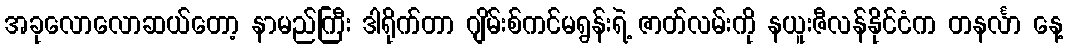
အခုလောလောဆယ်တော့ နာမည်ကြီး ဒါရိုက်တာ ဂျိမ်းစ်ကင်မရွန်းရဲ့ ဇာတ်လမ်းကို နယူးဇီလန်နိုင်ငံက တနင်္လာ နေ့